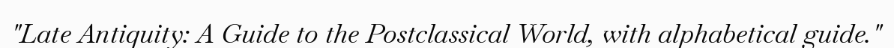
"Late Antiquity: A Guide to the Postclassical World, with alphabetical guide."